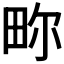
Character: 𬏂